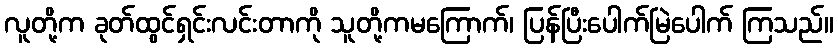
လူတို့က ခုတ်ထွင်ရှင်းလင်းတာကို သူတို့ကမကြောက်၊ ပြန်ပြီးပေါက်မြဲပေါက် ကြသည်။